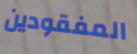
المفقودين